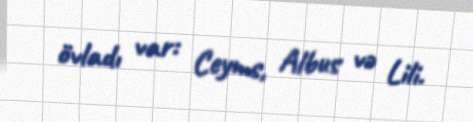
övladı var: Ceyms, Albus və Lili.